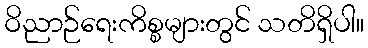
ဝိညာဉ်ရေးကိစ္စများတွင် သတိရှိပါ။